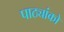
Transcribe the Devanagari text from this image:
पाठ्यांको